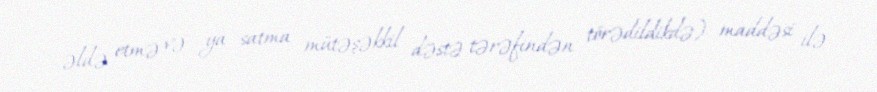
əldə etmə və ya satma mütəşəkkil dəstə tərəfindən törədildikdə) maddəsi ilə